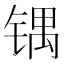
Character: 𰾙